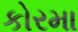
કોરમા